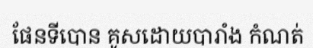
ផែនទីបោន គូសដោយបារាំង កំណត់